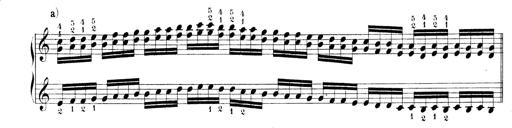
Title: Technische Studien
Composer: Franz Liszt